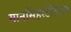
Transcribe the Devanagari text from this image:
मानसिंहस्टेडियम